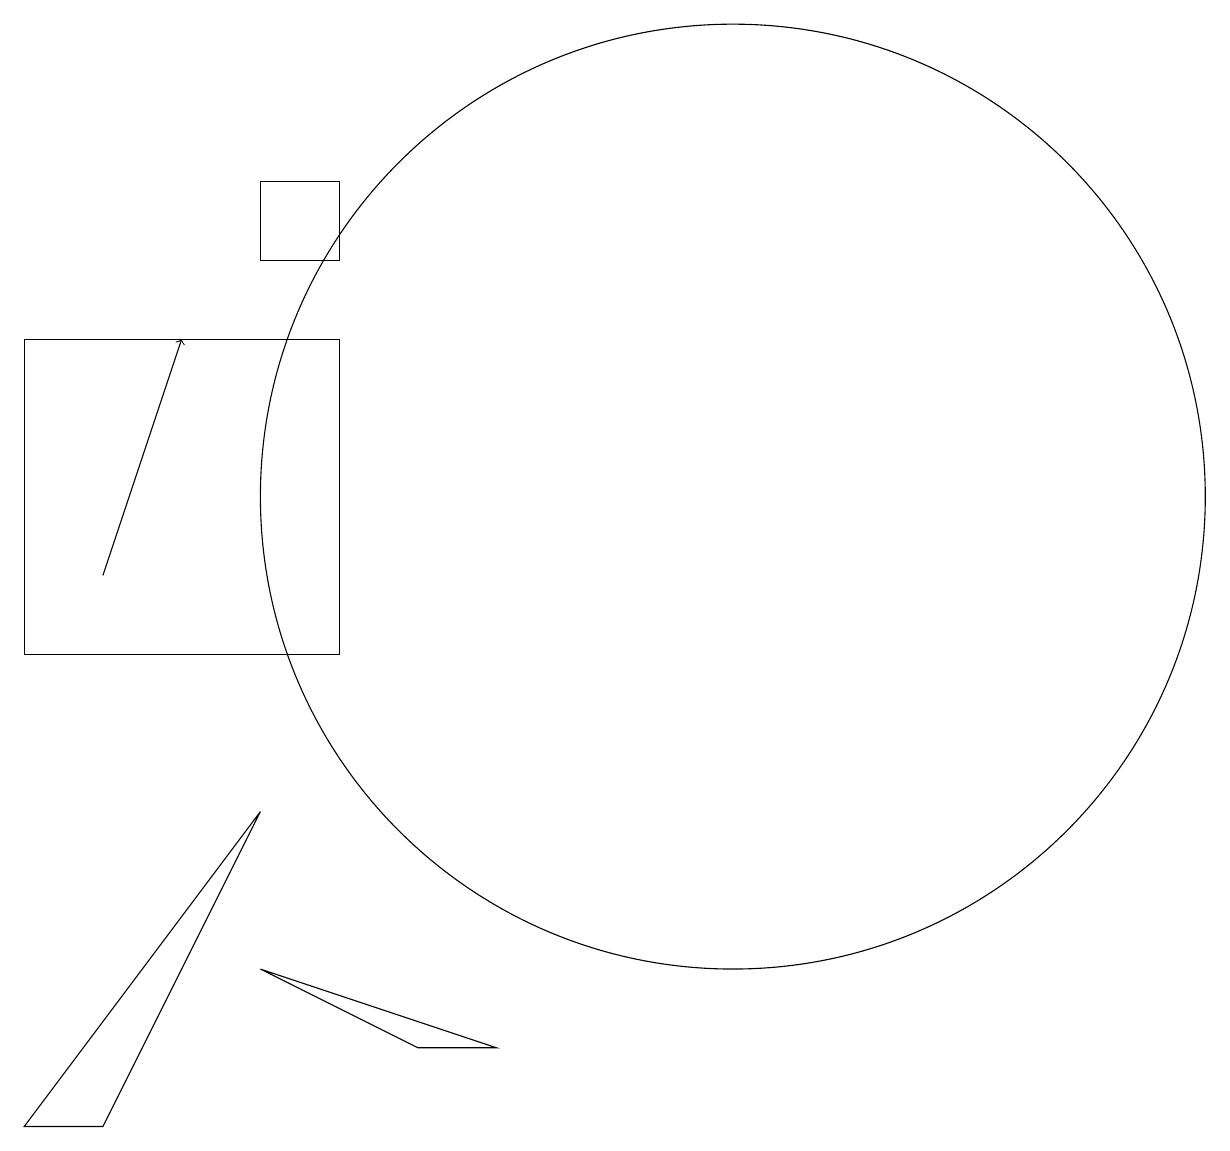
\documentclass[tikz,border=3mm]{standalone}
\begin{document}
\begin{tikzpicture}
\draw (4,6) -- (7,5) -- (6,5) -- cycle;
\draw (1,10) rectangle (5,14);
\draw (5,15) rectangle (4,16);
\draw[->] (2,11) -- (3,14);
\draw (10,12) circle (6);
\draw (1,4) -- (4,8) -- (2,4) -- cycle;
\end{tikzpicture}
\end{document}